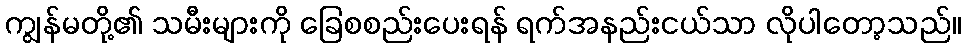
ကျွန်မတို့၏ သမီးများကို ခြေစစည်းပေးရန် ရက်အနည်းငယ်သာ လိုပါတော့သည်။